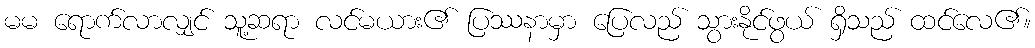
မမ ရောက်လာလျှင် သူ့ဆရာ လင်မယား၏ ပြဿနာမှာ ပြေလည် သွားနိုင်ဖွယ် ရှိသည် ထင်လေ၏။